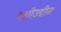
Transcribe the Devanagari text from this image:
रशीउद्दीन